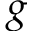
g